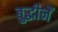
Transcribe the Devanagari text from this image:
बुद्धीनें